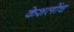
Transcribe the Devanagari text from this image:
केशलोंच